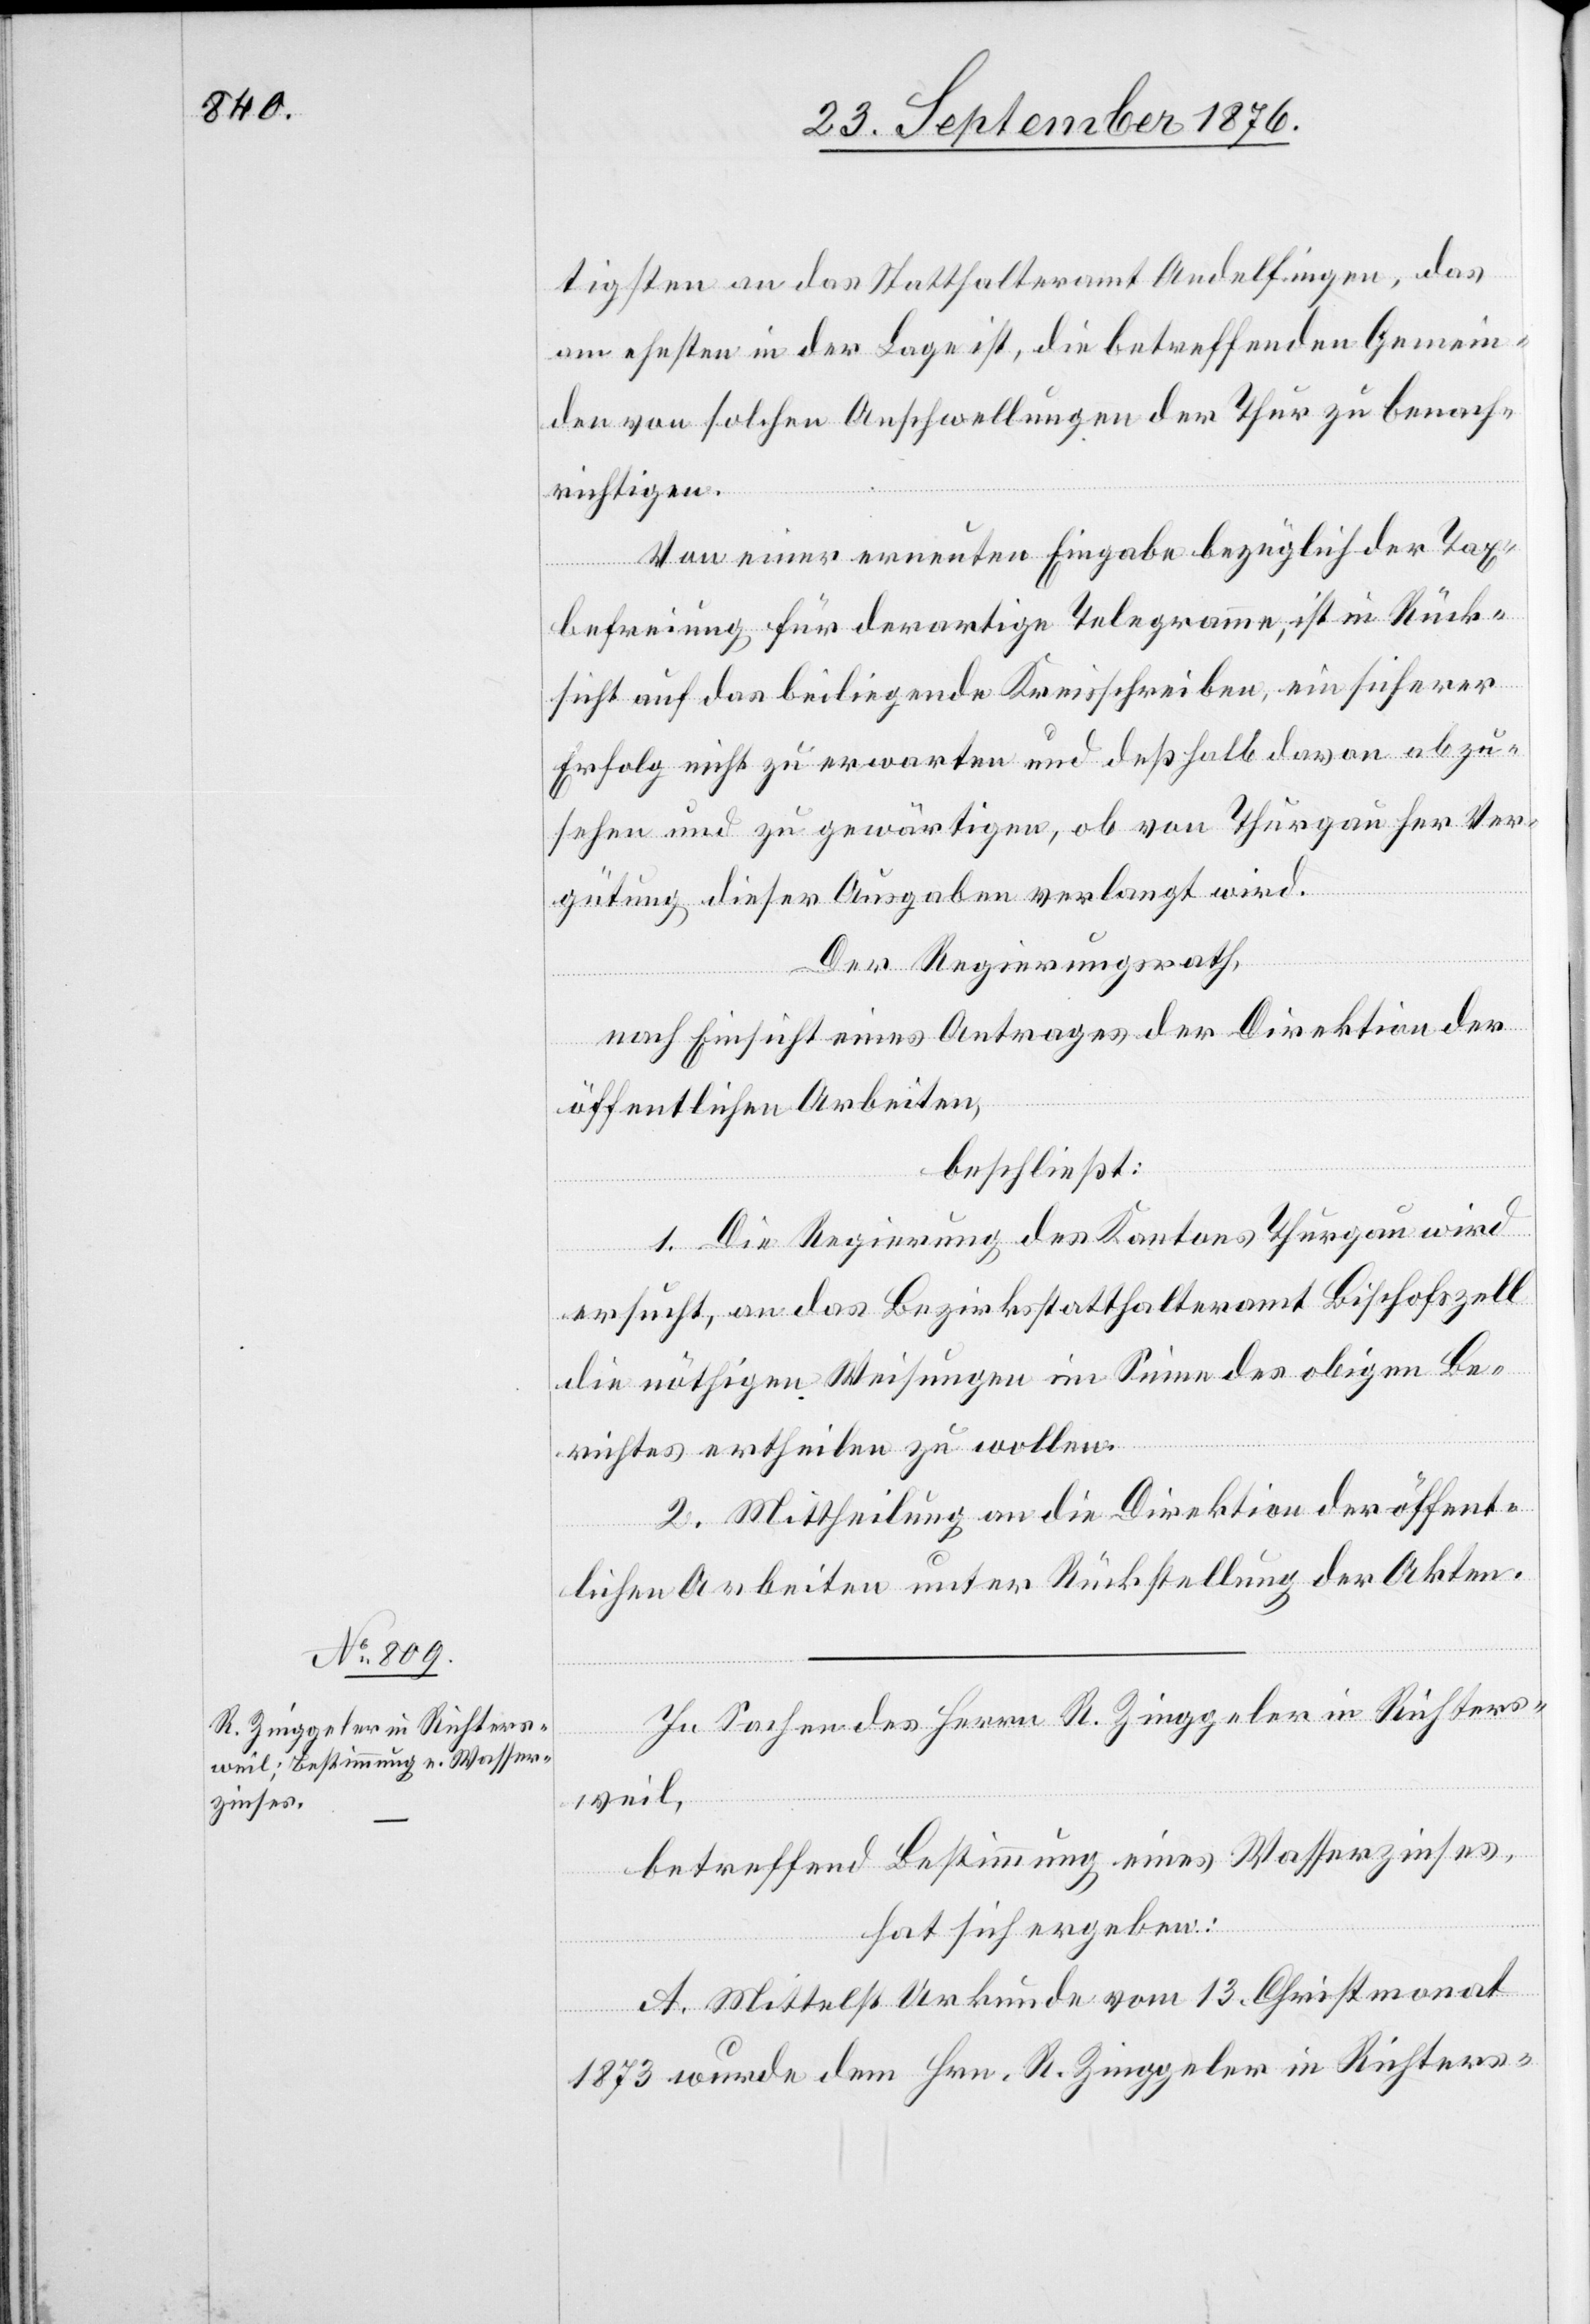
tigsten an das Statthalteramt Andelfingen, das
am ehnsten in der Lage ist, die betreffenden Gemein¬
den von solchen Anschwellungen der Thur zu benach¬
richtigen.
Von einer erneuten Eingabe bezüglich der Tax¬
befreiung für derartige Telegramme, ist in Rück¬
sicht auf das beiliegende Kreisschreiben, ein sicherer
Erfolg nicht zu erwarten und deßhalb davon abzu¬
sehen und zu gewärtigen, ob von Thurgau her Ver¬
gütung dieser Ausgaben verlangt wird.
Der Regierungsrath,
nach Einsicht eines Antrages der Direktion der
öffentlichen Arbeiten,
beschließt:
1. Die Regierung des Kantons Thurgau wird
ersucht, an das Bezirksstatthalteramt Bischofszell
die nöthigen Weisungen im Sinne des obigen Be¬
richtes ertheilen zu wollen.
2. Mittheilung an die Direktion der öffent¬
lichen Arbeiten unter Rückstellung der Akten.
In Sachen des Herrn R. Zinggeler in Richters¬
weil,
betreffend Bestimmung eines Wasserzinses,
hat sich ergeben:
A. Mittelst Urkunde vom 13. Christmonat
1873 wurde dem Hrn. R. Zinggeler in Richters-